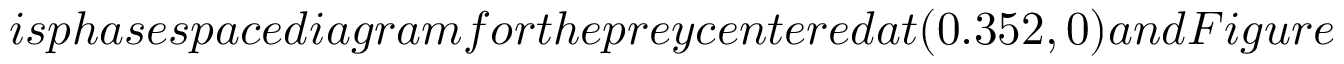
i s p h a s e s p a c e d i a g r a m f o r t h e p r e y c e n t e r e d a t ( 0 . 3 5 2 , 0 ) a n d F i g u r e